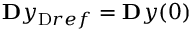
\ensuremath { \mathbf Ḋ y Ḍ } _ { \mathrm { Ḋ } r e f Ḍ } = \ensuremath { \mathbf Ḋ y Ḍ } ( 0 )